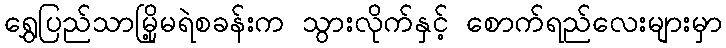
ရွှေပြည်သာမြို့မရဲစခန်းက သွားလိုက်နှင့် စောက်ရည်လေးများမှာ